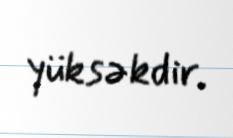
yüksəkdir.